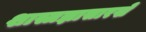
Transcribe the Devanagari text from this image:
शास्त्रज्ञासारखे